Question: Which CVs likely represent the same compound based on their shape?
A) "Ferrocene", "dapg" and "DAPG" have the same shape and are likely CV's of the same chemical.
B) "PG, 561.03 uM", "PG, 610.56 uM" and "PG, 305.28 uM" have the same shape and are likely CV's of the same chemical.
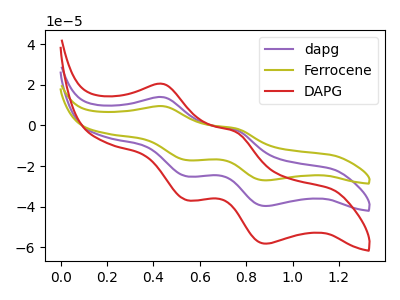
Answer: <think>The purple curve "dapg" has anodic peaks at (0.45V, 13.95uA) (0.75V, -2.15uA) and cathodic peaks at (0.55V, -25.05uA) (0.90V, -39.70uA). The olive curve "Ferrocene" has anodic peaks at (0.45V, 9.50uA) (0.75V, -1.45uA) and cathodic peaks at (0.55V, -17.05uA) (0.90V, -27.05uA). The red curve "DAPG" has anodic peaks at (0.45V, 27.85uA) (0.75V, -4.30uA) and cathodic peaks at (0.55V, -50.05uA) (0.90V, -79.40uA).
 All the peaks in "dapg" have a peak in "Ferrocene" at the same potential. All the peaks in "dapg" have a peak in "DAPG" at the same potential. All the peaks in "Ferrocene" have a peak in "DAPG" at the same potential.</think>
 <answer>A) "Ferrocene", "dapg" and "DAPG" have the same shape and are likely CV's of the same chemical.</answer>
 <eval>A</eval>